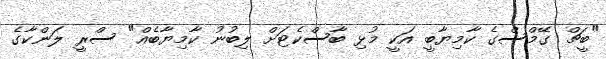
"ބީޗް ގޭމްސްގެ ކާމިޔާބީ އަކީ މުޅި ބާސްކެޓަށް ލިބުނު ކާމިޔާބެއް" ސްރީ ލަންކާގެ